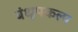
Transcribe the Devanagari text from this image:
बंधूपकल्प